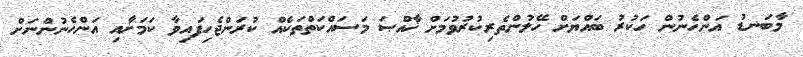
މާބަނޑު އަންހެނުން ހަކުރު ބައްޔަށް ހޭލުންތެރިކުރުވުމަށް ޚާއްޞަ މަސައްކަތްތަކެއް ކުރަންޖެހިފައިވާ ކަމަށާއި އަންހެނުންނަށް